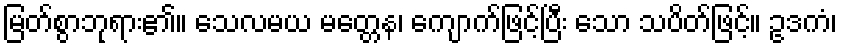
မြတ်စွာဘုရား၏။ သေလမယ မတ္တေန၊ ကျောက်ဖြင့်ပြီး သော သပိတ်ဖြင့်။ ဥဒကံ၊